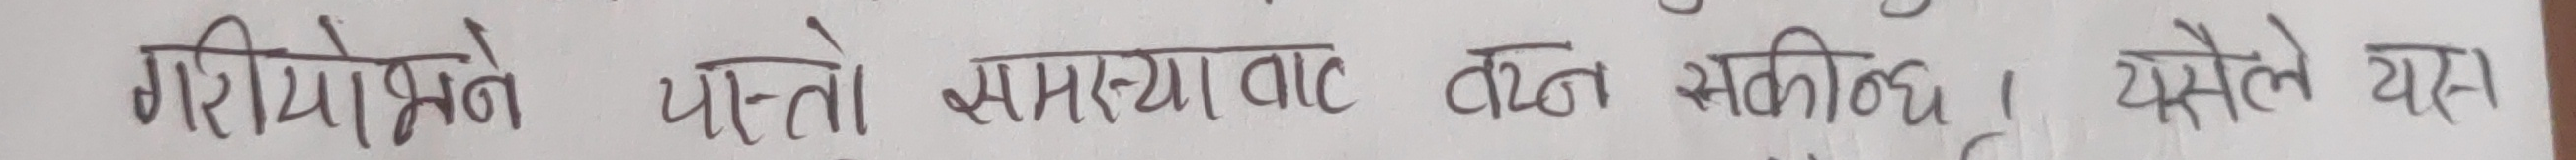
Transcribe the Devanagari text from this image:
गरियाउने यस्तो समस्या बाट बच्न सकिन्छ । यस्ले यस्ता